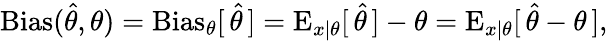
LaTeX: \operatorname{Bias}({\hat{\theta}},\theta)=\operatorname{Bias}_{\theta}[\, {\hat{\theta}}\, ]=\operatorname{E}_{x\mid\theta}[\, {\hat{\theta}}\, ]-\theta=\operatorname{E}_{x\mid\theta}[\, {\hat{\theta}}-\theta\, ],